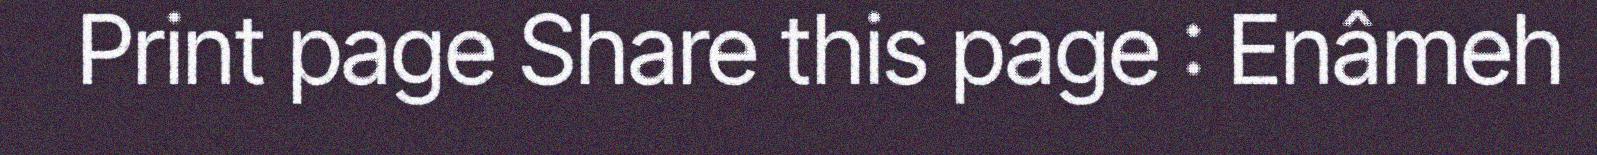
Print page Share this page : Enâmeh